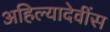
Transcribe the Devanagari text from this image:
अहिल्यादेवींस